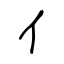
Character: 亻